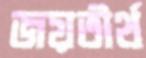
জয়তীর্থ